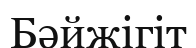
Бәйжігіт